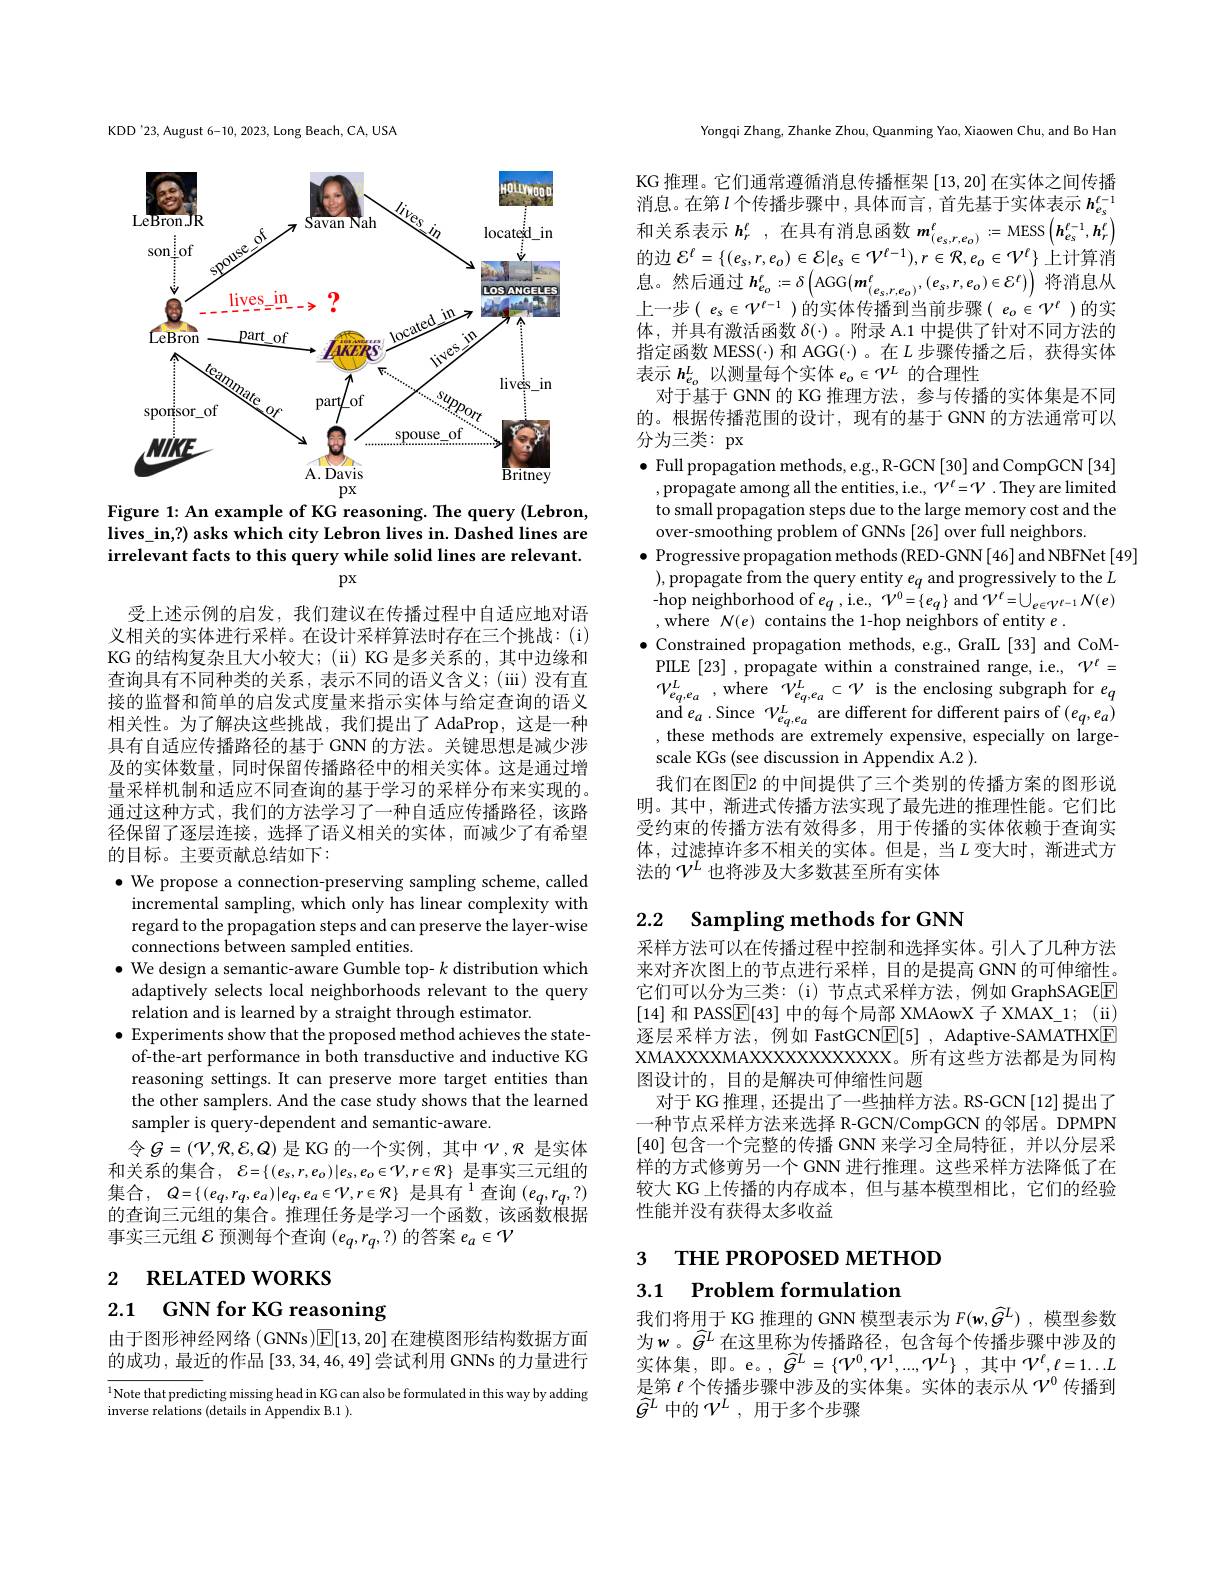
KDD'23, August 6-10, 2023, Long Beach, CA, USA

<FigureHere>

Figure 1: An example of KG reasoning. The query (Lebron, lives\_in,?) asks which city Lebron lives in. Dashed lines are irrelevant facts to this query while solid lines are relevant.
$px$

受上述示例的启发，我们建议在传播过程中自适应地对语义相关的实体进行采样。在设计采样算法时存在三个挑战：(i) KG 的结构复杂且大小较大；(ü) KG 是多关系的，其中边缘和查询具有不同种类的关系，表示不同的语义含义；(iii)没有直接的监督和简单的启发式度量来指示实体与给定查询的语义相关性。为了解决这些挑战，我们提出了 AdaProp,这是一种具有自适应传播路径的基于 GNN 的方法。关键思想是减少涉及的实体数量，同时保留传播路径中的相关实体。这是通过增量采样机制和适应不同查询的基于学习的采样分布来实现的。通过这种方式，我们的方法学习了一种自适应传播路径，该路径保留了逐层连接，选择了语义相关的实体，而减少了有希望的目标。主要贡献总结如下：

$\bullet$ We propose a connection-preserving sampling scheme, called
incremental sampling, which only has linear complexity with regard to the propagation steps and can preserve the layer-wise connections between sampled entities.
$\bullet$ We design a semantic-aware Gumble top- $k$ distribution which adaptively selects local neighborhoods relevant to the query relation and is learned by a straight through estimator.
$\bullet$ Experiments show that the proposed method achieves the stateof-the-art performance in both transductive and inductive KG reasoning settings. It can preserve more target entities than the other samplers. And the case study shows that the learned sampler is query-dependent and semantic-aware.
令$G=(\mathcal{V},\mathcal{R},\mathcal{E},Q)$是 KG 的一个实例，其中$\mathcal{V},\mathcal{R}$是实体和关系的集合，$\mathcal{E} = \{ ( e_s, r, e_0) | e_s, e_o\in \mathcal{V} , r\in \mathcal{R} \}$ 是事实三元组的集合$,Q=\{(e_{q},r_{q},e_{a})|e_{q},e_{a}\in\mathcal{V},r\in\mathcal{R}\}$ 是具有$^1$查询$(e_q,r_{q},?)$ 的查询三元组的集合。推理任务是学习一个函数，该函数根据事实三元组$\mathcal{E}$预测每个查询$(e_q,r_q,?)$的答案$e_a\in\mathcal{V}$

2 RELATED WORKS

2.1 GNN for KG reasoning

由于图形神经网络 (GNNs)$\boxed{\mathbb{E}}[13,20]$在建模图形结构数据方面的成功，最近的作品[33,34,46,49]尝试利用 GNNs 的力量进行

$^{1}$Note that predicting missing head in KG can also be formulated in this way by adding
inverse relations (details in Appendix B.1 ).

Yongqi Zhang, Zhanke Zhou, Quanming Yao, Xiaowen Chu, and Bo Han

KG 推理。它们通常遵循消息传播框架[13,20]在实体之间传播消息。在第$l$个传播步骤中，具体而言，首先基于实体表示$h_e_s^{t-1}$ 和关系表示$h_r^t$,在具有消息函数$m_{(e_s,r,e_o)}^t:=$ MESS$\left(\boldsymbol h_{e_s}^{\ell-1},\boldsymbol{h}_r^\ell\right)$ 的边$\mathcal{E}^\ell=\{(e_s,r,e_0)\in\mathcal{E}|e_s\in\mathcal{V}^{\ell-1}),r\in\mathcal{R},e_o\in\mathcal{V}^\ell\}$上计算消息。然后通过$h_{e_{o}}^{\ell}:=\delta\left(\mathrm{AGG}(m_{(e_{s},r,e_{o})}^{\ell},(e_{s},r,e_{o})\in\mathcal{E}^{\ell})\right)$将消息从上一步$(e_s\in\mathcal{V}^{t-1})$的实体传播到当前步骤$(e_o\in\mathcal{V}^l)$的实体，并具有激活函数$\delta(\cdot)$ 。附录 A.1 中提供了针对不同方法的指定函数 MESS(·) 和 AGG(·)。在$L$步骤传播之后，获得实体表示$h_{e_o}^L$以测量每个实体$e_o\in\mathcal{V}^L$的合理性
对于基于 GNN 的 KG 推理方法，参与传播的实体集是不同的。根据传播范围的设计，现有的基于 GNN 的方法通常可以分为三类：px
$\bullet$ Full propagation methods, e.g., R-GCN[30] and CompGCN[34] ,propagate among all the entities, i.e., $V^t=\mathcal{V}.$ They are limited to small propagation steps due to the large memory cost and the over-smoothing problem of GNNs [26] over full neighbors.
$\bullet$ Progressive propagation methods (RED-GNN[46] and NBFNet[49]
),propagate from the query entity $e_q$ and progressively to the $L$ -hop neighborhood of $e_q$,i.e., $\mathcal{V}^0=\{e_q\}$ and $\mathcal{V}^\ell=\bigcup_{e\in\mathcal{V}^{\ell-1}}\mathcal{N}(e)$ ,where $N(e)$ contains the 1-hop neighbors of entity $e.$
$\bullet$ Constrained propagation methods, e.g., GraIL [33] and CoMPILE[23] , propagate within a constrained range, i.e, $\mathcal{V}^{\ell}=$ $\mathcal{V} _{e_{q, e_{a}}}^{L}$ , where $\mathcal{V} _{e_{q, e_{a}}}^{L}\subset \mathcal{V}$ is the enclosing subgraph for $e_{q}$ and $e_{a}$ .Since $\mathcal{V} _{e_{q, e_{a}}}^{L}$ are different for different pairs of $( e_{q}, e_{a})$ , these methods are extremely expensive, especia scale KGs (see discussion in Appendix A.2 ).
我们在图$\boxed{\mathrm{E}}$2 的中间提供了三个类别的传播方案的图形说明。其中，渐进式传播方法实现了最先进的推理性能。它们比受约束的传播方法有效得多，用于传播的实体依赖于查询实体，过滤掉许多不相关的实体。但是，当$L$ 变大时，渐进式方法的$\mathcal{V}^L$也将涉及大多数甚至所有实体

## 2.2 $\textbf{Sampling methods for GNN}$

采样方法可以在传播过程中控制和选择实体。引人了几种方法来对齐次图上的节点进行采样，目的是提高 GNN 的可伸缩性。它们可以分为三类：(i)节点式采样方法，例如 GraphSAGEEE [14]和 PASS$\boxed{\mathrm{F}}[43]$中的每个局部 XMAowX 子 XMAX\_1; (ii) 逐层采样方法，例如 FastGCN$\boxed{\mathbb{E}}[5]$, Adaptive-SAMATHX[E] XMAXXXXMAXXXXXXXXXXXX。所有这些方法都是为同构图设计的，目的是解决可伸缩性问题
对于 KG 推理，还提出了一些抽样方法。RS-GCN[12]提出了一种节点采样方法来选择 R-GCN/CompGCN 的邻居。DPMPN [40]包含一个完整的传播 GNN 来学习全局特征，并以分层采样的方式修剪另一个 GNN 进行推理。这些采样方法降低了在较大 KG 上传播的内存成本，但与基本模型相比，它们的经验性能并没有获得太多收益

# 3 ТНЕ РROРОSED МЕТНОФ 3.1 Problem formulation

我们将用于 KG 推理的 GNN 模型表示为$F(\mathbf{w},\widehat{G}^L)$ ,模型参数为w。$\widehat{G}^L$在这里称为传播路径，包含每个传播步骤中涉及的实体集，即。e。,$\widehat{G} ^{L}= \{ V^{0}, \mathcal{V} ^{1}, . . . , \mathcal{V} ^{L}\}$ ,其中$\mathcal{V}^{\ell},\ell=1\ldots L$ 是第$\ell$个传播步骤中涉及的实体集。实体的表示从$\mathcal{V}^0$传播到$\widehat{G}^{L}$中的$\mathcal{V}^L$,用于多个步骤